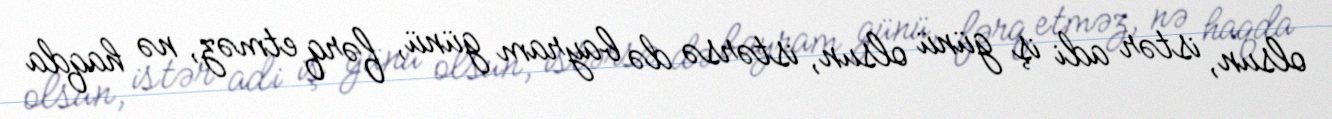
olsun, istər adi iş günü olsun, istərsə də bayram günü, fərq etməz, nə haqda